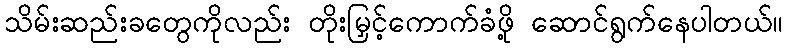
သိမ်းဆည်းခတွေကိုလည်း တိုးမြှင့်ကောက်ခံဖို့ ဆောင်ရွက်နေပါတယ်။